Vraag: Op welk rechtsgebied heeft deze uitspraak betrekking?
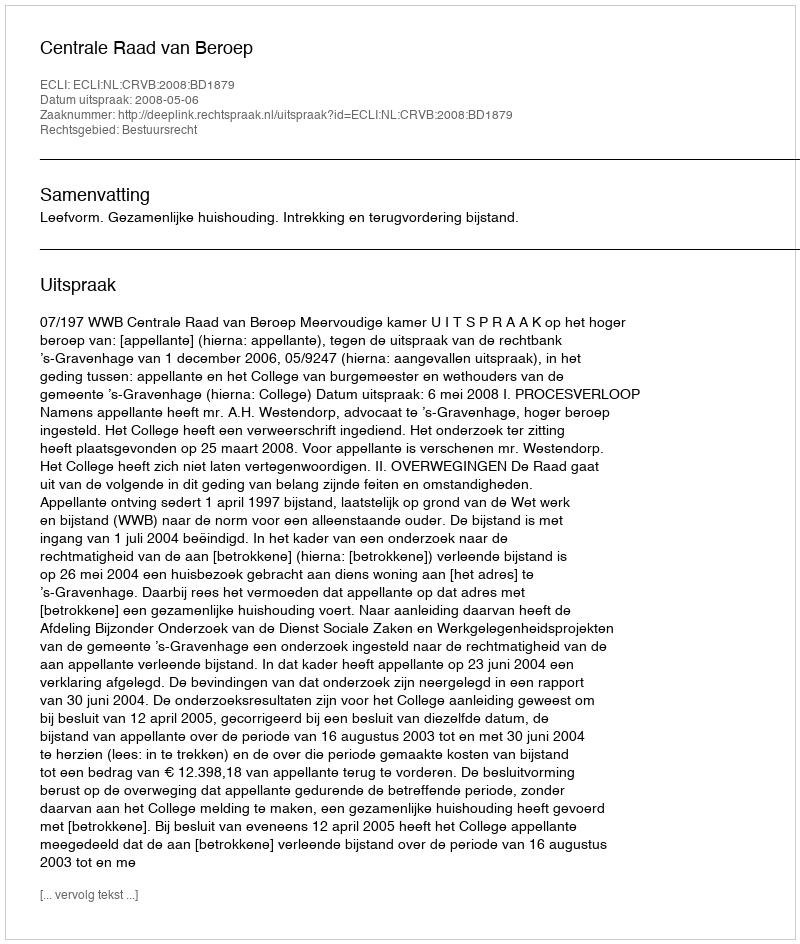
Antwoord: Bestuursrecht